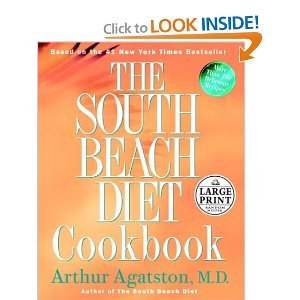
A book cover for The South Beach Diet Cookbook (Random House Large Print) [Large Print] [Hardcover]; M.D. ARTHUR AGATSTON; Health, Fitness & Dieting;